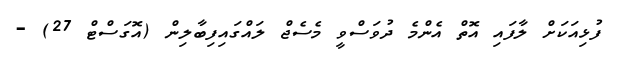
ފުޅިއަކަށް ލާފައި އޮތް އެންމެ ދުވަސްވީ މެސެޖް ލައްގައިފިބާލިން (އޮގަސްޓް 27) -